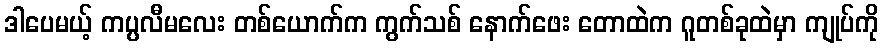
ဒါပေမယ့် ကပ္ပလီမလေး တစ်ယောက်က ကွက်သစ် နောက်ဖေး တောထဲက ဂူတစ်ခုထဲမှာ ကျုပ်ကို